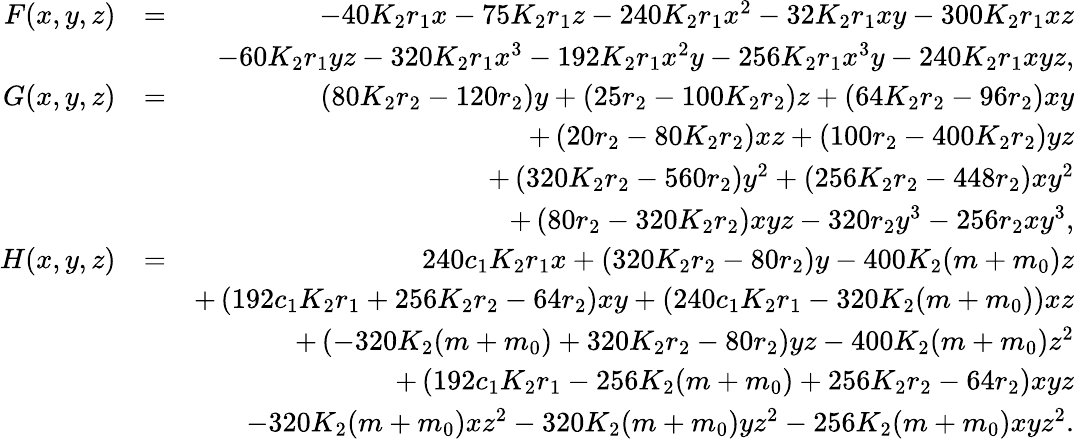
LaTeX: \begin{array}{rlr}{F(x,y,z)}&{=}&{-40K_{2}r_{1}x-75K_{2}r_{1}z-240K_{2}r_{1}x^{2}-32K_{2}r_{1}xy-300K_{2}r_{1}xz}\\ &{}&{-60K_{2}r_{1}yz-320K_{2}r_{1}x^{3}-192K_{2}r_{1}x^{2}y-256K_{2}r_{1}x^{3}y-240K_{2}r_{1}xyz,}\\ {G(x,y,z)}&{=}&{\left(80K_{2}r_{2}-120r_{2}\right)y+\left(25r_{2}-100K_{2}r_{2}\right)z+\left(64K_{2}r_{2}-96r_{2}\right)xy}\\ &{}&{+\left(20r_{2}-80K_{2}r_{2}\right)xz+\left(100r_{2}-400K_{2}r_{2}\right)yz}\\ &{}&{+\left(320K_{2}r_{2}-560r_{2}\right)y^{2}+\left(256K_{2}r_{2}-448r_{2}\right)xy^{2}}\\ &{}&{+\left(80r_{2}-320K_{2}r_{2}\right)xyz-320r_{2}y^{3}-256r_{2}xy^{3},}\\ {H(x,y,z)}&{=}&{240c_{1}K_{2}r_{1}x+\left(320K_{2}r_{2}-80r_{2}\right)y-400K_{2}(m+m_{0})z}\\ &{}&{+\left(192c_{1}K_{2}r_{1}+256K_{2}r_{2}-64r_{2}\right)xy+\left(240c_{1}K_{2}r_{1}-320K_{2}(m+m_{0})\right)xz}\\ &{}&{+\left(-320K_{2}(m+m_{0})+320K_{2}r_{2}-80r_{2}\right)yz-400K_{2}(m+m_{0})z^{2}}\\ &{}&{+\left(192c_{1}K_{2}r_{1}-256K_{2}(m+m_{0})+256K_{2}r_{2}-64r_{2}\right)xyz}\\ &{}&{-320K_{2}(m+m_{0})xz^{2}-320K_{2}(m+m_{0})yz^{2}-256K_{2}(m+m_{0})xyz^{2}.}\end{array}